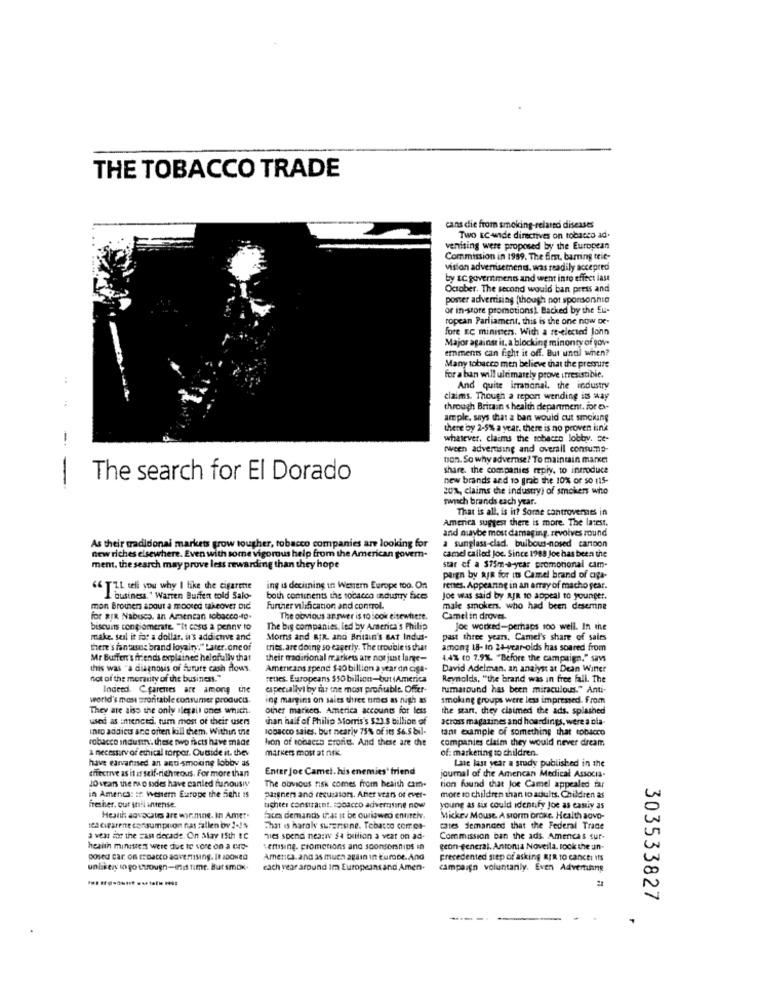
THE TOBACCO TRADE
cans die from smoking-related diseases
Two EC wide directives on tobacco ad.
venising were proposed by the European
Commission in 1989. The first, barring ceit-
vision advertisement. was readily accepred
by sc government and went into effect iast
October. The second would ban press and
poster advertising (though not sponsorship
or in-store promotions). Backed by the Eu-
ropean Parliament, this is the one now De-
fore EC ministers. With a re-elected John
Major against it. a blocking minonty of gov.
emments can fight it off. But until when?
Many tobacco men believe that the pressure
:
for a ban will ultimately prove irresistible.
And quite irrational. the industry
:
claims. Though a report wending its way
through Britain s health department. for es-
ample, says that a ban would cut smoking
there by 2-5% a year. there is no proven fina
-.
whatever, claims the tobacco lobby. ce-
wween advertising and overall consump-
bon. So why advernse? To maintain market
share. the companies mpiy, to inroduce
The search for El Dorado
new brands and to grab the 10% or so 115-
-
20%, claims the industry) of smokers who
punch brands each year.
That is all, is it? Some controversies in
America suggest there is more. The latest.
and maybe most damaging. revolves round
As their tradidonal markets grow tougher, tobacco companies are looking for
a sunglass-clad. buibous-nosed cartoon
new riches elsewhere. Even with some vigorous help from the American govern-
camel called Joe. Since 1989 Joe has been the
ment, the search may prove less rewarding than they hope
star of a $75m-a-ycar promotional cam-
paign by aja for its Camel brand of ciga-
"LL tell you why I like the cigarene
ing is decirning in Western Europe too. On
renes. Appearing in an array of macho pear.
"business." Warren Buffet told Salo-
both continents the tobacco industry fices
Joe was said by aJR to appeal to younger.
mon Brothers apout a fr Dored takeover DIC
Further vilification and control.
male smokers, who had been desemne
for BIR Nabusca. an Amencan tobacco-to-
The obvious answer is to look eitewhere.
Camel in droves.
biscuits conglomerate. "It cost a penny to
The big companies, led by America's Philip
Joe worked-perhaps 100 well. In the
make. seil it for a dollar. in's addictve and
Moms and RIR. and Britain's Bat Indus-
past three years, Camel's share of sairs
there's fantasos brand loyalty." Later.one of
tries. are doing so eagerly. The trouble is that
among 18- in 24-year-olds has soared from
Mr Buffert's friends explained helpfully that
their traditional markets are not just large-
4.4% (0 7.9%. "Before the campaign." says
this was "a diagnosis of future cash flows
Americans spend $40 billion a year an cisa.
David Adelman. an analyst at Dean Winter
not of the moraity of the business."
renes. Europeans $$0 billion-but America
Reynolds, "the brand was in free fall. The
Indeed. C.parentes are among the
especialivi by far the most profitable. Offer-
rumaround has been miraculous." Anti-
world's most srontable consumer products.
ing margins on sales three times as nigh as
smoking groups were les impressed. From
They are aiss the only ilegall ones which.
other markets. America accounts for less
the szan, they claimed the ads. splashed
used as intencesi, tum most of their users
than half of Philip Morris's $23.8 billion of
across magazines and hoardings, were a cla-
into addict ane often kill them. Within the
lopacco saies, but nearly 75% of its $6.5 bil-
tant cumple of something that tobacco
robacco industry. these two facts have made
hon of tobacco srories. And these are che
companies claim they would never dream
1 necessary of ethical torpor. Outside it. thev
markers most at nsk
of: marketing to children.
have earvanised an anti-smoking lobby as
Late last year a study published in the
effective as it as self-righteous. For more than
Enter joc Camel. his enemies' friend
journal of the Amencan Medical Associa-
10 veans the nap sodes have canled funousiy
The obvious risk comes from heaish cam-
tion found that Joe Camel appealed far
in Amenca: :: Western Europe the sieht is
pazgners and resueltors. Aher years of ever-
more so children than to adults. Children as
fresher. our snil interise.
tighter constraint. tobacco advertising now
young as six could identify Joe as caniy as
Health advocates are wir.mne. In Amer.
faces demands irat it be ourisweo entreiv.
Mickey Mouse, A storm oroxe. Health aovo-
tea ciparene consumption nas fallen ov 2 -! %
That is haraly surerisine. Tebasco correa-
cases demanded that the Federal Trade
a vens for the zan decade. On May 15th &C
nies spend neativ $4 billion a veat on ad-
Commission ban the ads. Amencas sur-
health minutters were due to vore on a -
vertising. promotions and sponsorships in
geon-general. Antonia Novella. rock the un
America. and as much again in Europe. And
precedented step of asking RIR to cancer is
uniskery to go through-end time. But smox-
each year around Im Europeansand Amen-
campaign voluntarily. Even Adverting
303533827